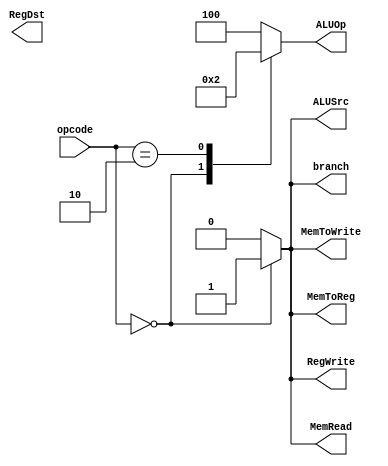
module control(
    input [5:0] opcode,
    output reg branch,
    output reg MemRead,
    output reg MemToWrite,
    output reg MemToReg,
    output reg [2:0] ALUOp,
    output reg ALUSrc,
    output reg RegDst,
    output reg RegWrite
);

always @(*) begin
    case(opcode)
        6'b000000 :
            begin
                branch = 1;
                MemRead = 1;
                MemToReg = 1;
                RegWrite = 1;
                MemToWrite = 1;
                ALUSrc = 1;
                ALUOp = 3'b000;
            end
        6'b000010 :
            begin
                branch = 0;
                MemRead = 0;
                MemToReg = 0;
                RegWrite = 0;
                MemToWrite = 0;
                ALUSrc = 0;
                ALUOp=3'b010;
            end
        6'b001000 :
            begin
                branch = 0;
                MemRead = 0;
                MemToReg = 0;
                RegWrite = 0;
                MemToWrite = 0;
                ALUSrc = 0;
                ALUOp=3'b100;
            end
        default:
            begin
                branch = 0;
                MemRead = 0;
                MemToReg = 0;
                RegWrite = 0;
                MemToWrite = 0;
                ALUSrc = 0;
                ALUOp=3'b100;
            end
    endcase
end

endmodule